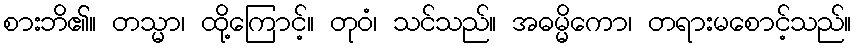
စားဘိ၏။ တသ္မာ၊ ထို့ကြောင့်။ တုဝံ၊ သင်သည်။ အဓမ္မိကော၊ တရားမစောင့်သည်။